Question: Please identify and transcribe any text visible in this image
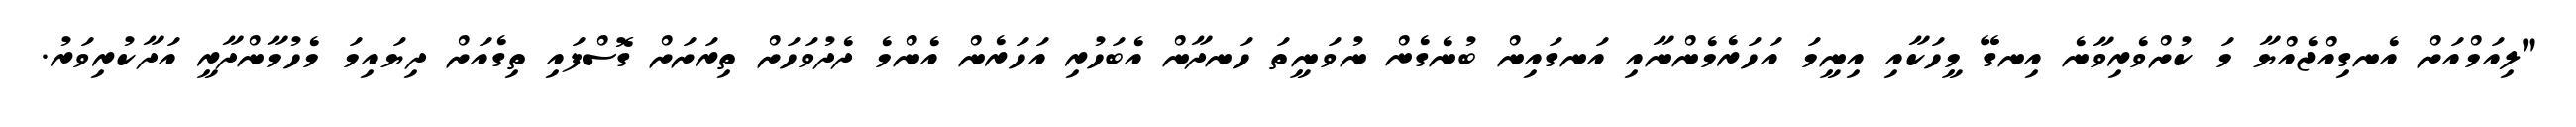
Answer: "ލިއަމްއަށް އެނގިއްޖެއްޔާ މަ ކުށްވެރިވާނެ އިނގޭ މީހަކާއި އިނީމަ އަހަރެމެންނާއި އަނގައިން ބުނެގެން ނުވަނީތަ ހަނދާން އެބަހުރި އަހަރެން އެންމެ ދެދުވަހަށް ތިރަށަށް ގޮސްފައި ތިގެއަށް ދިޔައިމަ މެހުމާންދާރީ އަދާކުރިވަރު.